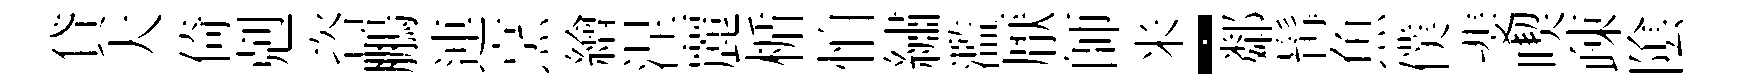
貸大倚剋咨鵬連烹繪涅麗楯怕繡濫厭師米-鄰髯魚僕斐喫疎隂